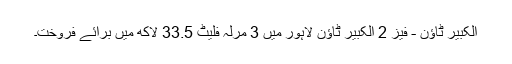
الکبیر ٹاؤن - فیز 2 الکبیر ٹاؤن لاہور میں 3 مرلہ فلیٹ 33.5 لاکھ میں برائے فروخت۔